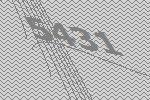
5431